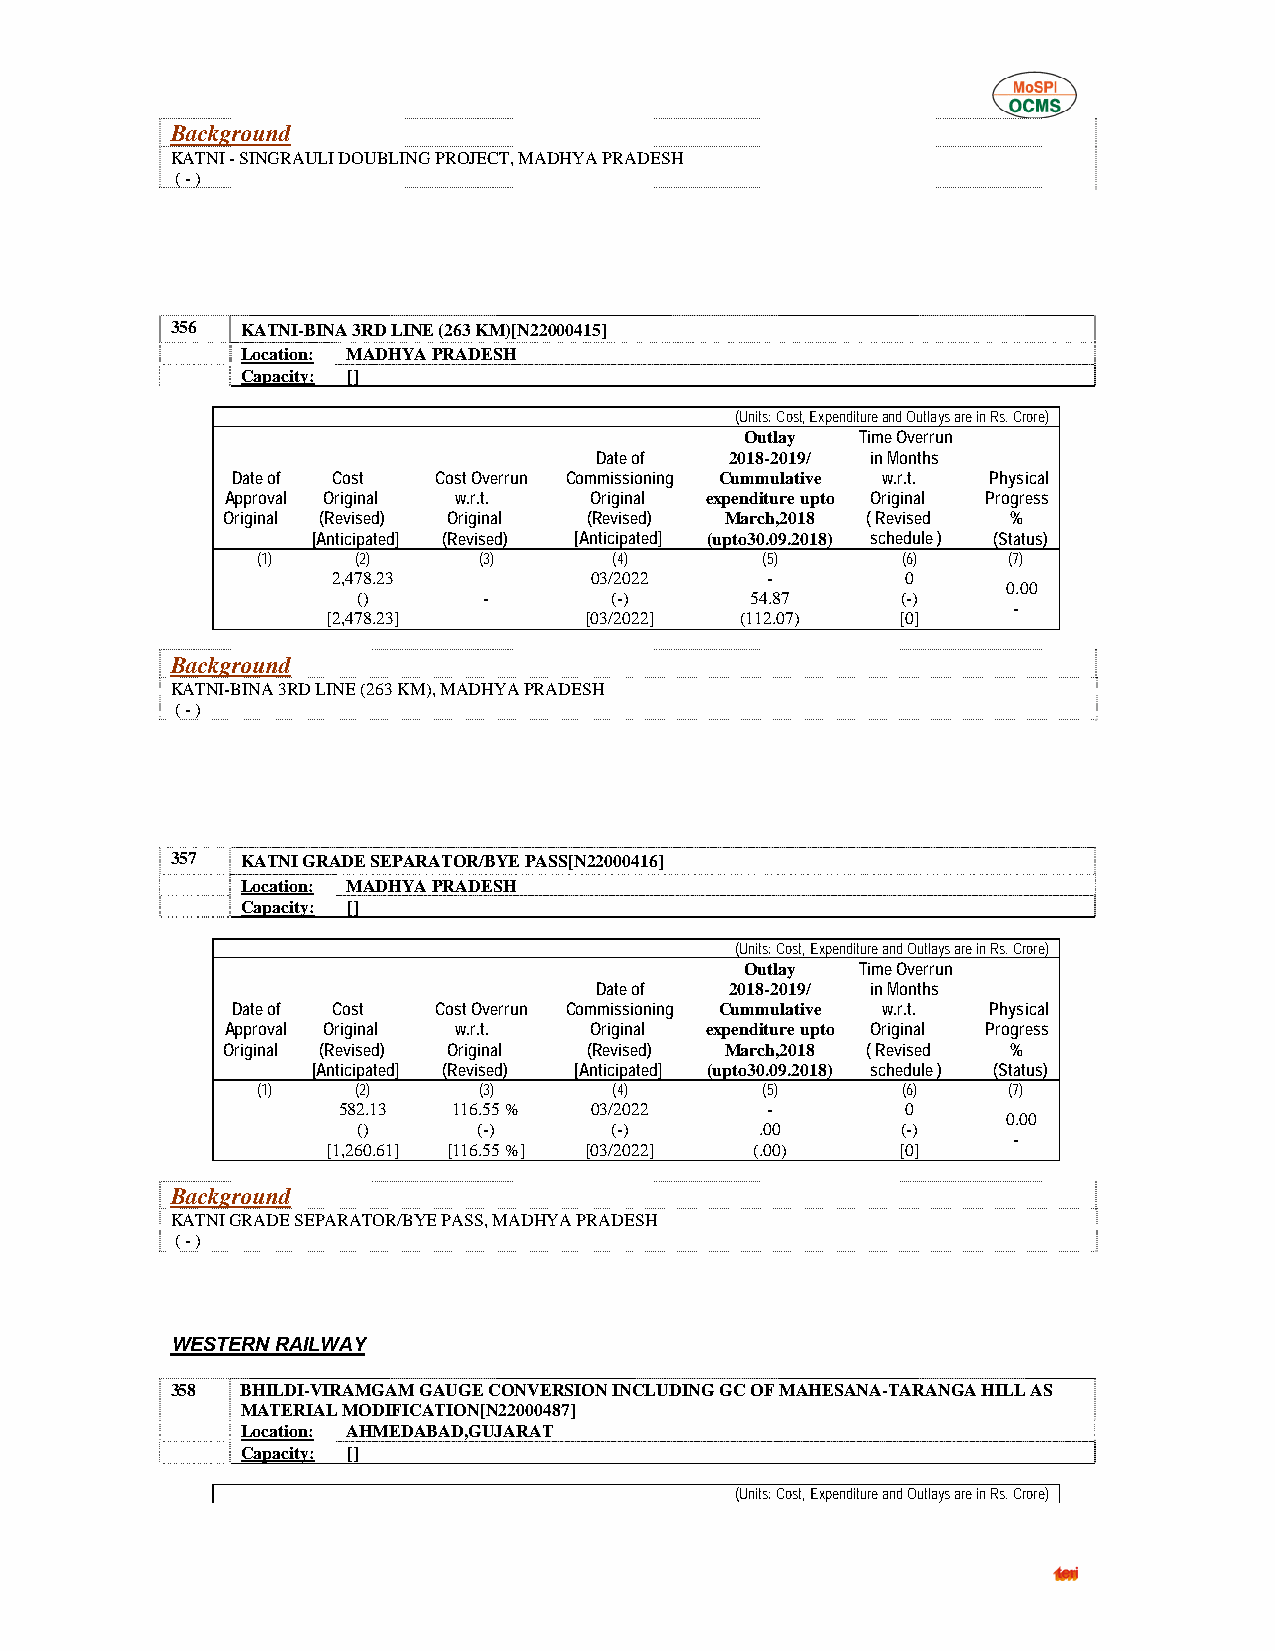
Background
 KATNI - SINGRAULI DOUBLING PROJECT, MADHYA PRADESH
 ( - )
 356  KATNI-BINA 3RD LINE (263 KM)[N22000415]
 Location: MADHYA PRADESH
 Capacity: []
 (Units: Cost, Expenditure and Outlays are in Rs. Crore)
 Outlay  Time Overrun
 Date of  2018-2019/ in Months
 Date of Cost  Cost Overrun Commissioning Cummulative w.r.t. Physical
 Approval Original w.r.t. Original expenditure upto Original Progress
 Original (Revised) Original (Revised) March,2018 ( Revised %
 [Anticipated] (Revised) [Anticipated] (upto30.09.2018) schedule ) (Status)
 (1)    (2)     (3)      (4)      (5)       (6)    (7)
 2,478.23         03/2022     -        0
 0.00
 ()      -       (-)       54.87     (-)
 -
 [2,478.23]       [03/2022] (112.07)   [0]
 Background
 KATNI-BINA 3RD LINE (263 KM), MADHYA PRADESH
 ( - )
 357  KATNI GRADE SEPARATOR/BYE PASS[N22000416]
 Location: MADHYA PRADESH
 Capacity: []
 (Units: Cost, Expenditure and Outlays are in Rs. Crore)
 Outlay  Time Overrun
 Date of  2018-2019/ in Months
 Date of Cost  Cost Overrun Commissioning Cummulative w.r.t. Physical
 Approval Original w.r.t. Original expenditure upto Original Progress
 Original (Revised) Original (Revised) March,2018 ( Revised %
 [Anticipated] (Revised) [Anticipated] (upto30.09.2018) schedule ) (Status)
 (1)    (2)     (3)      (4)      (5)       (6)    (7)
 582.13  116.55 % 03/2022     -        0
 0.00
 ()      (-)     (-)       .00       (-)
 -
 [1,260.61] [116.55 %] [03/2022] (.00) [0]
 Background
 KATNI GRADE SEPARATOR/BYE PASS, MADHYA PRADESH
 ( - )
 WESTERN RAILWAY
 358  BHILDI-VIRAMGAM GAUGE CONVERSION INCLUDING GC OF MAHESANA-TARANGA HILL AS
 MATERIAL MODIFICATION[N22000487]
 Location: AHMEDABAD,GUJARAT
 Capacity: []
 (Units: Cost, Expenditure and Outlays are in Rs. Crore)